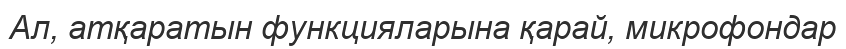
Ал, атқаратын функцияларына қарай, микрофондар